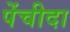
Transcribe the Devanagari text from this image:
पेंचीदा